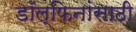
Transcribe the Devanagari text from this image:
डॉल्फिनांसाठी